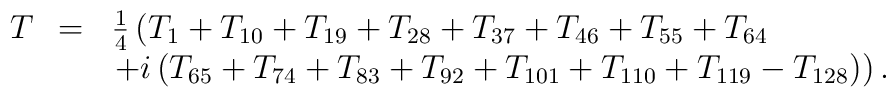
\begin{array}{lcl}T_{\scriptscriptstyle}&=&\frac{1}{4}\left(T_{1}+T_{10}+T_{19}+T_{28}+T_{37}+T_{46}+T_{55}+T_{64}\right.\\&&\left.+i\left(T_{65}+T_{74}+T_{83}+T_{92}+T_{101}+T_{110}+T_{119}-T_{128}\right)\right).\end{array}